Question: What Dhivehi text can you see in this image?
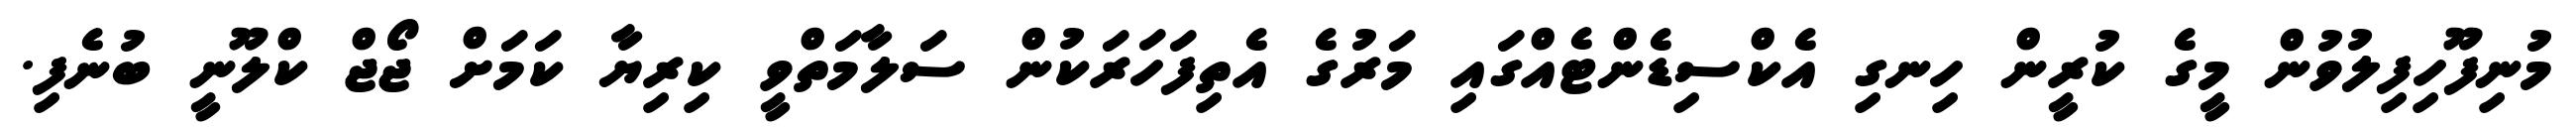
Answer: މުނިފޫހިފިލުވުން މީގެ ކުރީން ހިނގި އެކްސިޑެންޓެއްގައި މަރުގެ އެތިފަހަރަކުން ސަލާމަތްވީ ކިރިޔާ ކަމަށް ޖޯޖް ކްލޫނީ ބުނެފި.